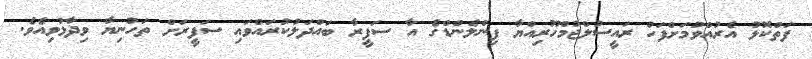
ފަތްކޮޅު އެރުއްވުމަށްފަހު ރައީސުލްޖުމްހޫރިއްޔާ ފިންލެންޑްގެ އާ ސަފީރާ ބައްދަލުކުރައްވައި ސަފީރަށް ތަހުނިޔާ ވިދާޅުވިއެވެ.